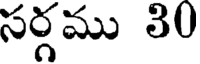
సర్గము 30